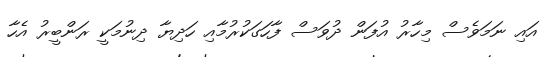
އައި ނަމަވެސް މިހާރު އުފަން ދުވަސް ފާހަގަކުރުމާއި ހަދިޔާ ދިނުމަކީ ރަންބީރު އެހާ